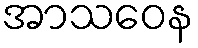
အာသဝေန